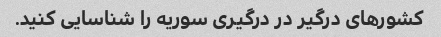
کشورهای درگیر در درگیری سوریه را شناسایی کنید.